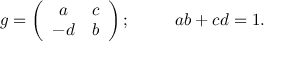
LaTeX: g = \left( \begin{array} { c c } { { a } } & { { c } } \\ { { - d } } & { { b } } \end{array} \right) ; \; \; \; \; \; \; \; \; \ a b + c d = 1 .